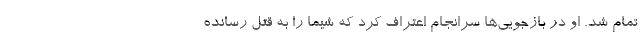
تمام شد. او در بازجویی‌ها سرانجام اعتراف کرد که شیما را به قتل رسانده